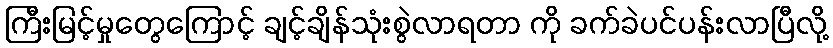
ကြီးမြင့်မှုတွေကြောင့် ချင့်ချိန်သုံးစွဲလာရတာ ကို ခက်ခဲပင်ပန်းလာပြီလို့